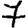
Digit: 7